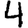
Digit: 4